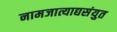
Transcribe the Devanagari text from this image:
नामजात्याद्यसंयुत